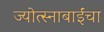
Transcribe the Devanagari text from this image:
ज्योत्स्नाबाईंचा